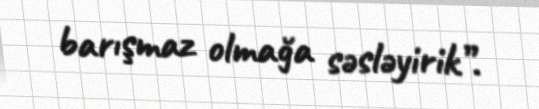
barışmaz olmağa səsləyirik”.